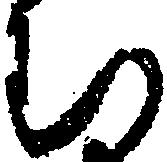
む